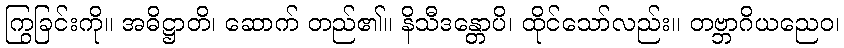
ကြွခြင်းကို။ အဓိဋ္ဌာတိ၊ ဆောက် တည်၏။ နိသီဒန္တောပိ၊ ထိုင်သော်လည်း။ တဗ္ဘာဂိယညေဝ၊